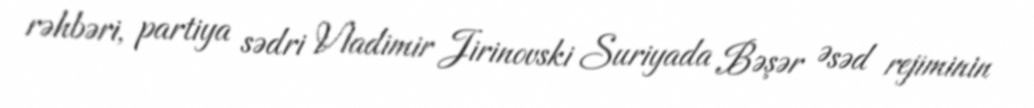
rəhbəri, partiya sədri Vladimir Jirinovski Suriyada Bəşər Əsəd rejiminin